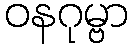
ဝနဂုမ္ဗာ